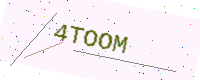
Text: 4TOOM